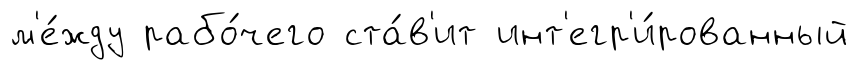
м'е́жду рабо́чего ста́в'ит инт'егр'и́рованный